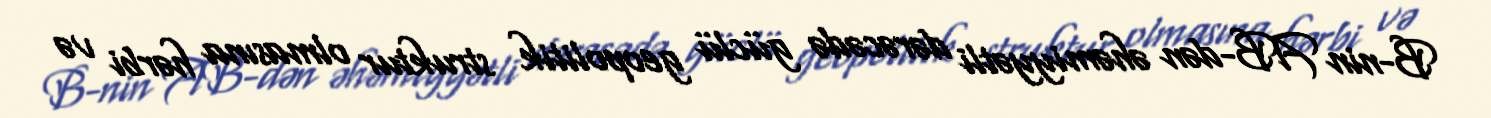
B-nin AB-dən əhəmiyyətli dərəcədə güclü geopolitik struktur olmasına hərbi və